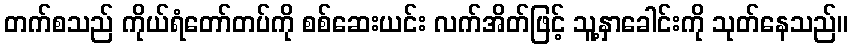
တက်စသည် ကိုယ်ရံတော်တပ်ကို စစ်ဆေးယင်း လက်အိတ်ဖြင့် သူ့နှာခေါင်းကို သုတ်နေသည်။